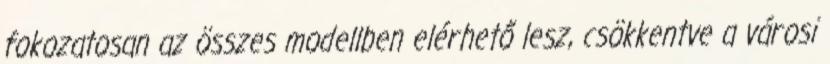
fokozatosan az összes modellben elérhető lesz, csökkentve a városi